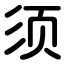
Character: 须